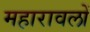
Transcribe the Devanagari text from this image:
महारावलों